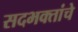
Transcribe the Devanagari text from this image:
सदभक्तांचे